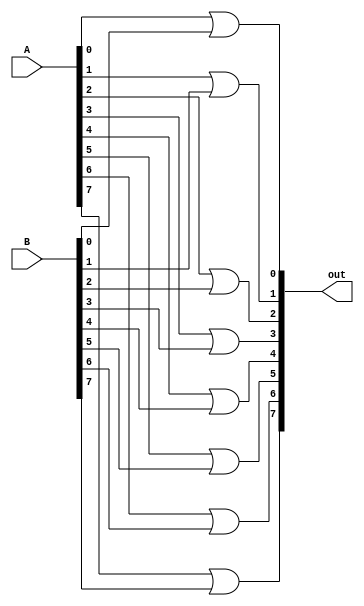
module Or_8
(
    input [7:0] A,
    input [7:0] B,
    output [7:0] out
);
    genvar c;
    generate
        for(c=0; c<8; c = c+1)begin
            or or1(out[c], A[c], B[c]);
        end
    endgenerate
endmodule